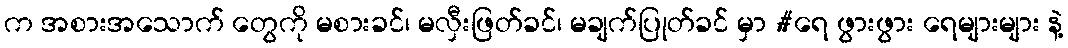
က အစားအသောက် တွေကို မစားခင်၊ မလှီးဖြတ်ခင်၊ မချက်ပြုတ်ခင် မှာ #ရေ ဖွားဖွား ရေများများ နဲ့